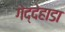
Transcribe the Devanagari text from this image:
गेद्देहाडा